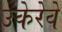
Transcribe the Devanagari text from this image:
उकेरेवे